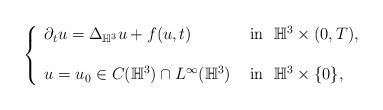
LaTeX: \begin{align*}\left\{\begin{array}{ll}\partial_{t}u=\Delta_{\mathbb{H}^{3}} u+ f(u, t) &\hbox{ in }~ \mathbb{H}^{3}\times (0, T),\\\\u =u_{0}\in C(\mathbb{H}^{3}) \cap L^{\infty}(\mathbb{H}^{3}) &\hbox{ in }~ \mathbb{H}^{3}\times \{0\},\end{array}\right.\end{align*}